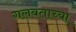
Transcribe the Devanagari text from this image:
गलबताच्या